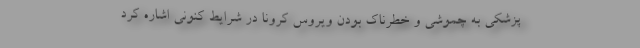
پزشکی به چموشی و خطرناک بودن ویروس کرونا در شرایط کنونی اشاره کرد